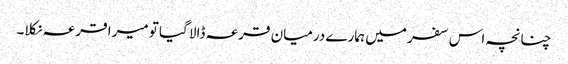
چنانچہ اس سفر میں ہمارے درمیان قرعہ ڈالا گیا تو میرا قرعہ نکلا۔